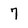
Character: 7